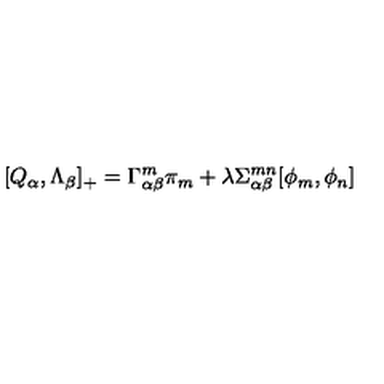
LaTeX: [ Q _ { \alpha } , \Lambda _ { \beta } ] _ { + } = \Gamma _ { \alpha \beta } ^ { m } \pi _ { m } + \lambda \Sigma _ { \alpha \beta } ^ { m n } [ \phi _ { m } , \phi _ { n } ]